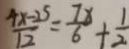
\frac { 4 x - 2 5 } { 1 2 } = \frac { 7 x } { 6 } + \frac { 1 } { 2 }